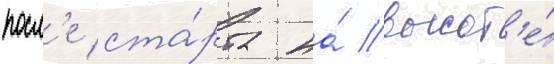
посл'е ста́рта на́ высот'е́